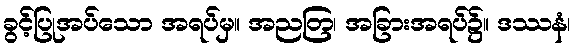
ခွင့်ပြုအပ်သော အရပ်မှ။ အညတြ၊ အခြားအရပ်၌။ ဒဿနံ၊